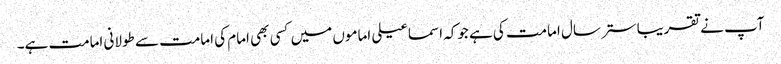
آپ نے تقریبا ستر سال امامت کی ہے جوکہ اسماعیلی اماموں میں کسی بھی امام کی امامت سے طولانی امامت ہے۔